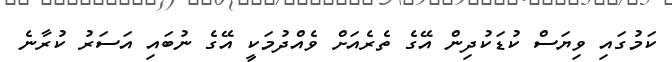
ކަމުގައި ވިޔަސް ކުޑަކުދިން އޭގެ ތެރެއަށް ވެއްދުމަކީ އޭގެ ނުބައި އަސަރު ކުރާނެ